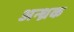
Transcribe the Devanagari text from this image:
अन्ध्रक